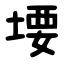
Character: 㙘